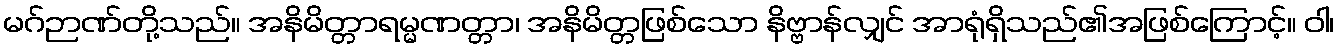
မဂ်ဉာဏ်တို့သည်။ အနိမိတ္တာရမ္မဏတ္တာ၊ အနိမိတ္တဖြစ်သော နိဗ္ဗာန်လျှင် အာရုံရှိသည်၏အဖြစ်ကြောင့်။ ဝါ၊